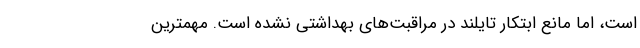
است، اما مانع ابتکار تایلند در مراقبت‌های بهداشتی نشده است. مهمترین